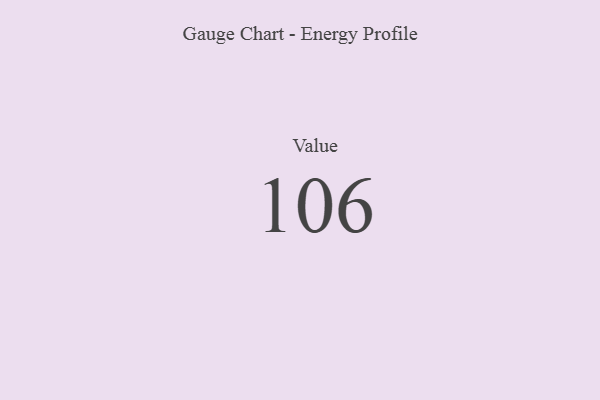
{"axis": {"x": "Metric", "y": "Value"}, "legend": [""], "data": [{"x": "Value", "y": 106, "type": ""}]}